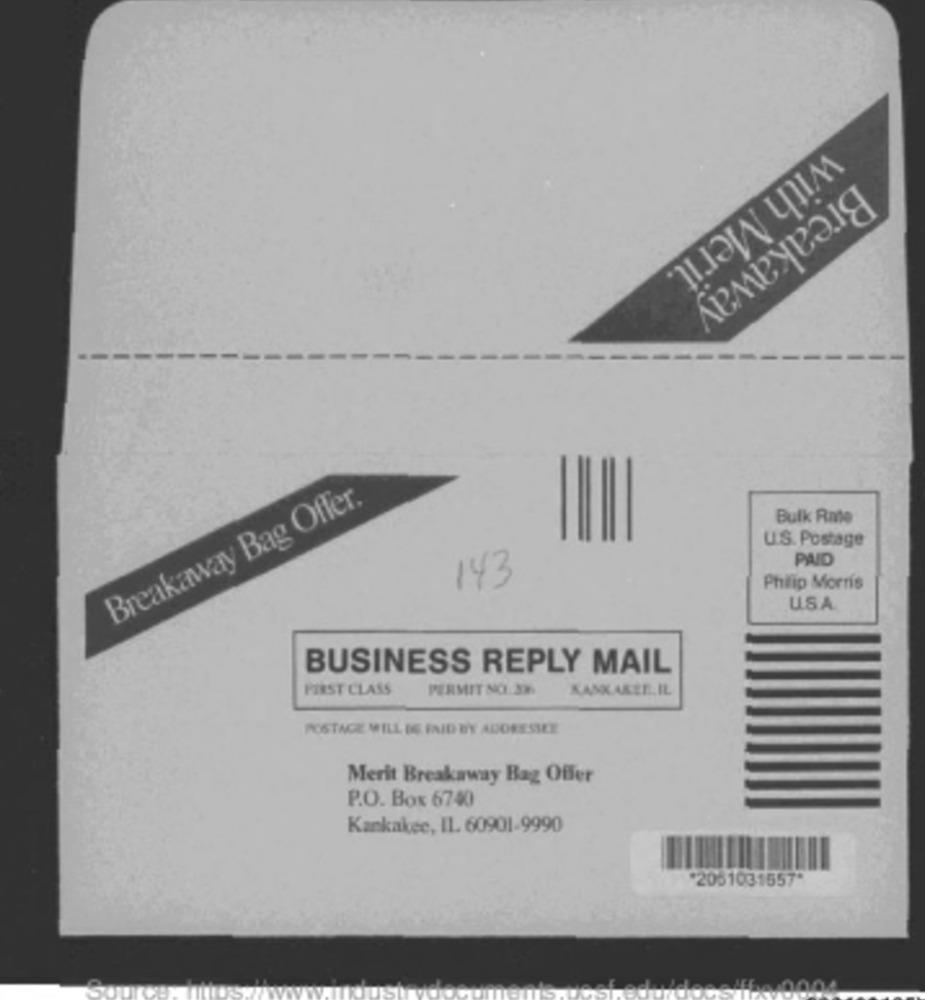
with Merit.
Breakaway
Breakaway Bag Offer.
Bulk Rate
U.S. Postage
PAID
143
Philip Morris
USA
BUSINESS REPLY MAIL
FIRST CLASS
PERMIT NO. 33
KANKAKEE. IL
POSTAGE WILL BE PAID D'Y ADORESMEE
Merit Breakaway Bag Offer
P.O. Box 6740
Kankakee, IL. 60901-9990
*2051031557*